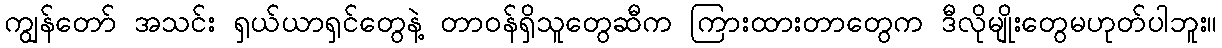
ကျွန်တော် အသင်း ရှယ်ယာရှင်တွေနဲ့ တာဝန်ရှိသူတွေဆီက ကြားထားတာတွေက ဒီလိုမျိုးတွေမဟုတ်ပါဘူး။